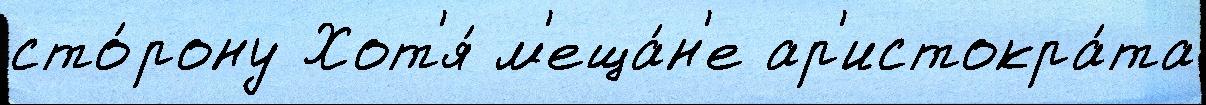
сто́рону Хот'я́ м'еща́н'е ар'истокра́та